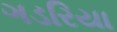
ગડરિયા